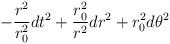
\begin{align*}-{r^2\over r_0^2} dt^2 + {r_0^2 \over r^2} dr^2 + r_0^2 d\theta^2\end{align*}